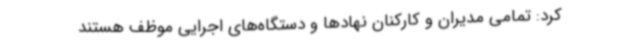
کرد: تمامی مدیران و کارکنان نهادها و دستگاه‌های اجرایی موظف هستند